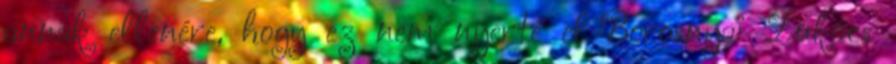
annak ellenére, hogy ez nem nyerte el Borosnyai Lukács